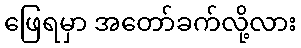
ဖြေရမှာ အတော်ခက်လို့လား